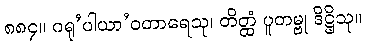
၈၈၄။ ဂရု’ပါယာ’ဝတာရေသု၊ တိတ္ထံ ပူတမ္ဗု ဒိဋ္ဌိသု။